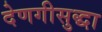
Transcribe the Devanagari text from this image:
देणगीसुद्धा